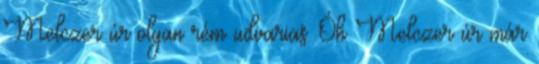
Melczer úr olyan rém udvarias. Óh Melczer úr már